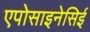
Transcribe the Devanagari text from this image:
एपोसाइनेसिई